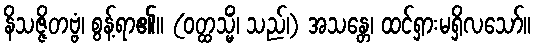
နိသဇ္ဇိတဗ္ဗံ၊ စွန့်ရာ၏။ (ဝတ္ထသ္မိံ၊ သည်၊) အသန္တေ၊ ထင်ရှားမရှိလသော်။